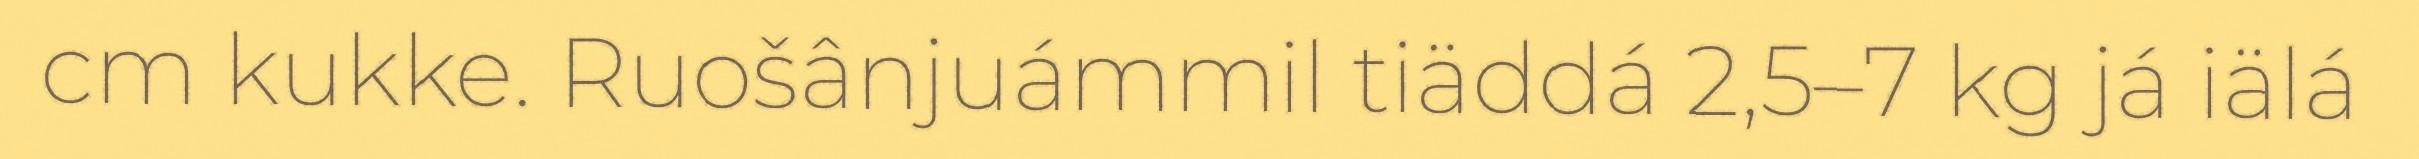
cm kukke. Ruošânjuámmil tiäddá 2,5–7 kg já iälá